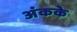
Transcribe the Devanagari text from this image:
अंकके